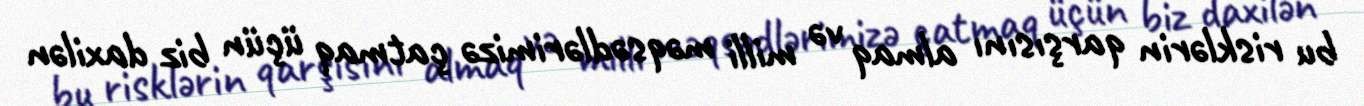
bu risklərin qarşısını almaq və milli məqsədlərimizə çatmaq üçün biz daxilən